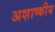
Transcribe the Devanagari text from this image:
अशाष्कीय